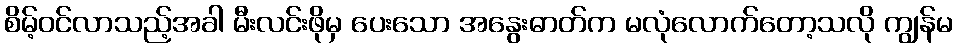
စိမ့်ဝင်လာသည့်အခါ မီးလင်းဖိုမှ ပေးသော အနွေးဓာတ်က မလုံလောက်တော့သလို ကျွန်မ